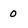
Character: 0